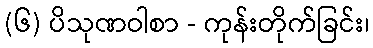
(၆) ပိသုဏဝါစာ - ကုန်းတိုက်ခြင်း၊